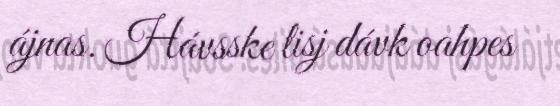
ájnas. Hávsske lisj dávk oahpes